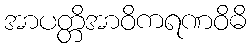
အာပတ္တိအာဝိကရဏဝိဓိ